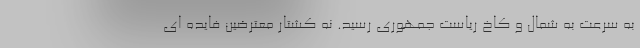
به سرعت به شمال و کاخ ریاست جمهوری رسید. نه کشتار معترضین فایده ای